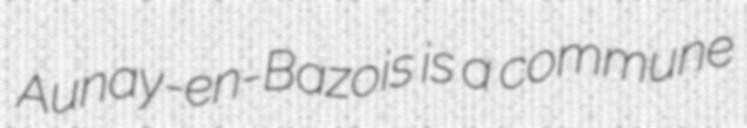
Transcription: Aunay-en-Bazois is a commune